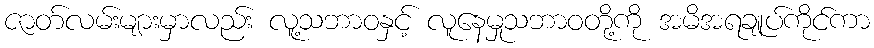
ဇာတ်လမ်းများမှာလည်း လူ့သဘာဝနှင့် လူနေမှုသဘာဝတို့ကို အမိအရချုပ်ကိုင်ကာ